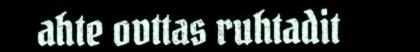
ahte ovttas ruhtadit